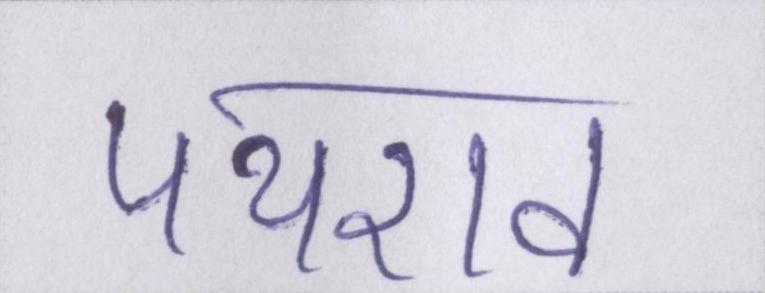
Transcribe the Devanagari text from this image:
पथराव